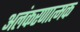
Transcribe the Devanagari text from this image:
अलंकरणात्मक